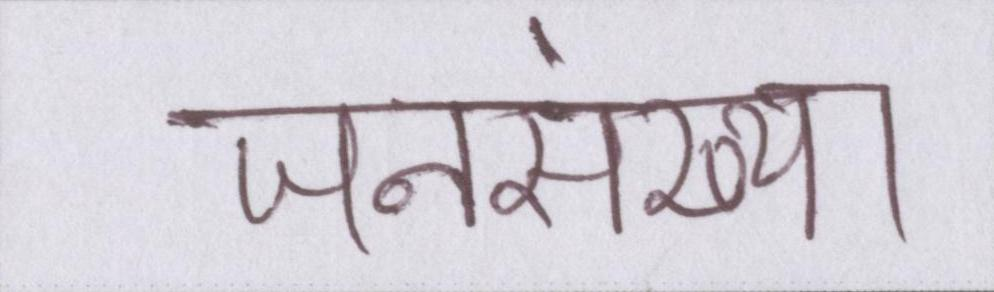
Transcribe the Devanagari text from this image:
जनसंख्या